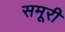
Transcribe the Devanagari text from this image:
समूरी